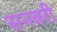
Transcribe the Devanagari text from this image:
सनबरी